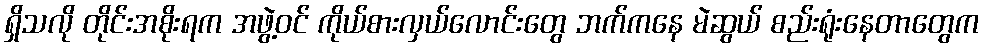
ရှိသလို တိုင်းအစိုးရက အဖွဲ့ဝင် ကိုယ်စားလှယ်လောင်းတွေ ဘက်ကနေ မဲဆွယ် စည်းရုံးနေတာတွေက